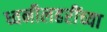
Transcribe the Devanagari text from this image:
ध्वनीलहरींच्या